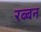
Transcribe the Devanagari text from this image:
रब्बन